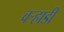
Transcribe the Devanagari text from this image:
वर्‍हाडीं